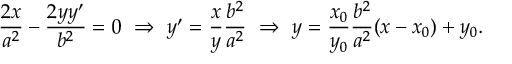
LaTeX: { \frac { 2 x } { a ^ { 2 } } } - { \frac { 2 y y ^ { \prime } } { b ^ { 2 } } } = 0 \ \Rightarrow \ y ^ { \prime } = { \frac { x } { y } } { \frac { b ^ { 2 } } { a ^ { 2 } } } \ \Rightarrow \ y = { \frac { x _ { 0 } } { y _ { 0 } } } { \frac { b ^ { 2 } } { a ^ { 2 } } } ( x - x _ { 0 } ) + y _ { 0 } .